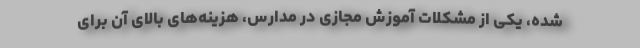
شده، یکی از مشکلات آموزش مجازی در مدارس، هزینه‌های بالای آن برای